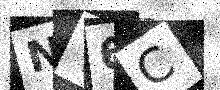
Text: NY6C